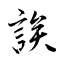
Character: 誒